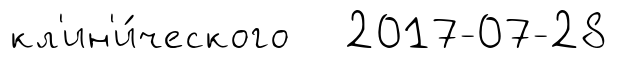
кл'ин'и́ческого 2017-07-28